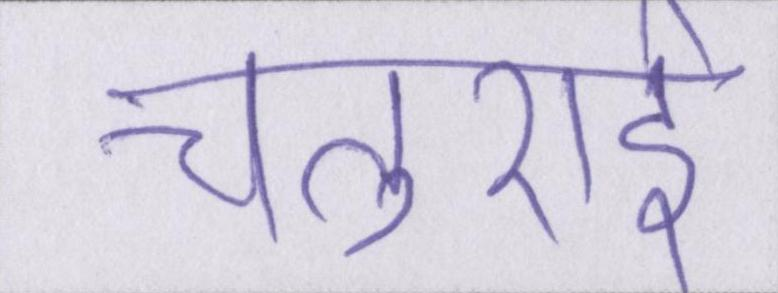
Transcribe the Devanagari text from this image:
चतुराई